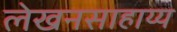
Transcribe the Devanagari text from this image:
लेखनसाहाय्य